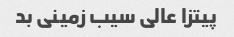
پیتزا عالی سیب زمینی بد